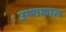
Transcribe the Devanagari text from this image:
उष्णकाल